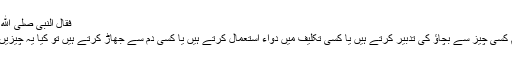
فقال النبی صلی الله عليه وآله وسلم : هِيَ من القدر.
’’آپ کے خیال مبارک میں ہم کسی چیز سے بچاؤ کی تدبیر کرتے ہیں یا کسی تکلیف میں دواء استعمال کرتے ہیں یا کسی دم سے جھاڑ کرتے ہیں تو کیا یہ چیزیں ہمیں تقدیر سے بچا لیں گی ؟